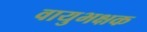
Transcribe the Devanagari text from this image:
वायुभक्षक